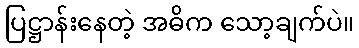
ပြဋ္ဌာန်းနေတဲ့ အဓိက သော့ချက်ပဲ။